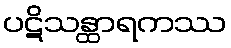
ပဋိသန္ထာရကဿ